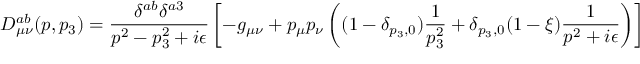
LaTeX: D _ { \mu \nu } ^ { a b } ( p , p _ { 3 } ) = \frac { \delta ^ { a b } \delta ^ { a 3 } } { p ^ { 2 } - p _ { 3 } ^ { 2 } + i \epsilon } \left[ - g _ { \mu \nu } + p _ { \mu } p _ { \nu } \left( ( 1 - \delta _ { p _ { 3 } , 0 } ) \frac { 1 } { p _ { 3 } ^ { 2 } } + \delta _ { p _ { 3 } , 0 } ( 1 - \xi ) \frac { 1 } { p ^ { 2 } + i \epsilon } \right) \right]